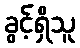
ခွင့်ရှိသူ